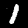
Label: 1